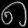
Digit: ၈